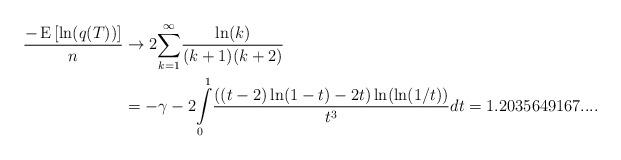
LaTeX: \begin{align*}\frac{-\operatorname*{E}\left[ \ln(q(T))\right] }{n} & \rightarrow2{\displaystyle\sum\limits_{k=1}^{\infty}}\frac{\ln(k)}{(k+1)(k+2)}\\\ & =-\gamma-2{\displaystyle\int\limits_{0}^{1}}\frac{\left( (t-2)\ln(1-t)-2t\right) \ln(\ln(1/t))}{t^{3}}dt=1.2035649167....\end{align*}